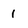
Character: 1